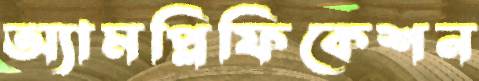
অ্যামপ্লিফিকেশন